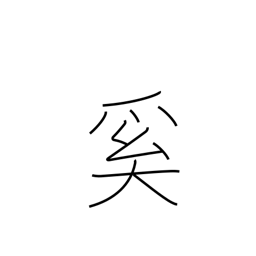
Meaning: why